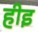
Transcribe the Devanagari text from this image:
हीइ